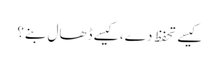
کیسے تحفظ دے، کیسے ڈھال بنے؟